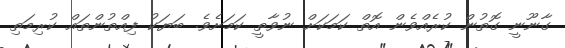
ގާނޫނީ ގޮތުން ކުރެއްވެން އޮތް ކަމަކަށް ނުވާތީ ކަމަށެވެ. ބަޔަކު ފިއްތުންތައް ކުރިމަތި